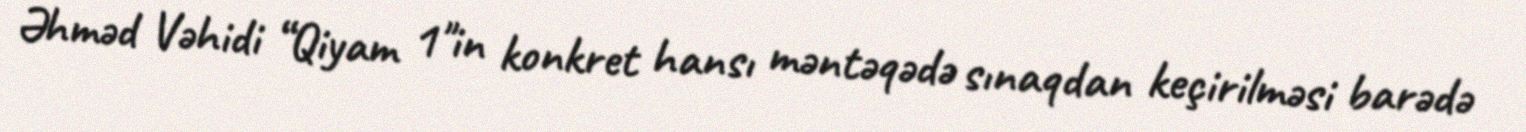
Əhməd Vəhidi “Qiyam 1"in konkret hansı məntəqədə sınaqdan keçirilməsi barədə